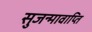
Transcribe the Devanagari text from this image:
सुजन्मावाप्ति